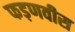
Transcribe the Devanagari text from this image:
फड़णवीस